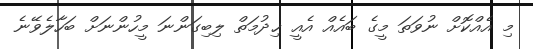
މި އެއްކޮށް ނުވަތަ މީގެ ބައެއް އެއީ ޚިދުމަތް ލިބިގަންނަ މީހުންނަށް ބަހާލެވޭނެ